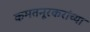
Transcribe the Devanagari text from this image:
कमतनूरकरांच्या